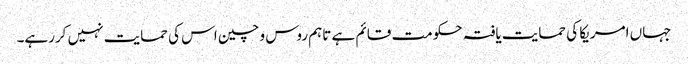
جہاں امریکا کی حمایت یافتہ حکومت قائم ہے تاہم روس و چین اس کی حمایت نہیں کررہے۔